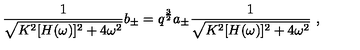
{ \frac { 1 } { \sqrt { K ^ { 2 } [ H ( \omega ) ] ^ { 2 } + 4 \omega ^ { 2 } } } } b _ { \pm } = q ^ { \frac { 3 } { 2 } } a _ { \pm } { \frac { 1 } { \sqrt { K ^ { 2 } [ H ( \omega ) ] ^ { 2 } + 4 \omega ^ { 2 } } } } \ ,